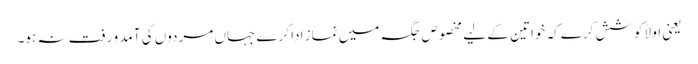
یعنی اولاً کوشش کرے کہ خواتین کے لیے مخصوص جگہ میں نماز ادا کرے جہاں مردوں کی آمد و رفت نہ ہو۔